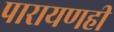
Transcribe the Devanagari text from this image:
पारायणही